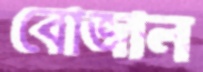
বোজাল